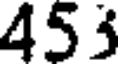
453